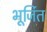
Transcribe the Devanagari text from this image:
भूर्जित